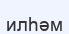
илһәм